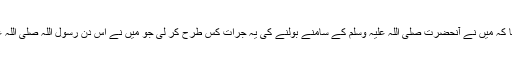
حضرت عمرؓ کہتے تھے کہ اس کے بعد مَیں نے اپنی جسارت پر تعجب کیا کہ مَیں نے آنحضرت صلی اللہ علیہ وسلم کے سامنے بولنے کی یہ جرأت کس طرح کر لی جو مَیں نے اس دن رسول اللہ صلی اللہ علیہ وسلم کے سامنے دکھائی تھی اور اللہ اور اس کا رسولؐ بہتر جانتے ہیں۔